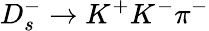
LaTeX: D_{s}^{-}\to K^{+}K^{-}\pi^{-}